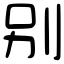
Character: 别